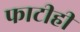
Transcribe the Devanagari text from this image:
फाटीही